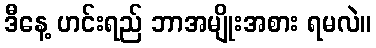
ဒီနေ့ ဟင်းရည် ဘာအမျိုးအစား ရမလဲ။